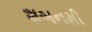
શબનમી